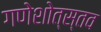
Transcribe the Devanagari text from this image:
गणेशोत्स्तव